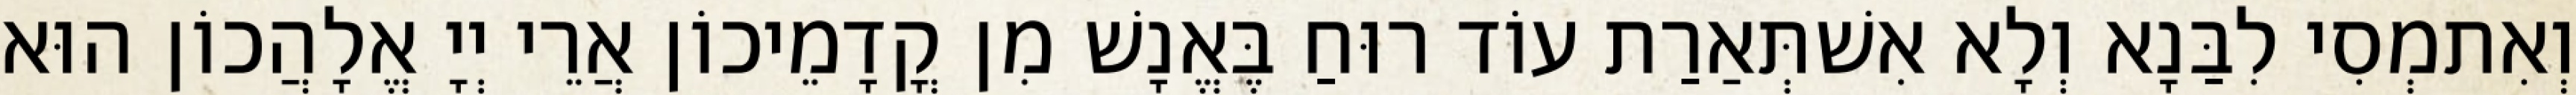
וְאִתמְסִי לִבַּנָא וְלָא אִשׁתְּאַרַת עוֹד רוּחַ בֶּאֱנָשׁ מִן קֳדָמֵיכוֹן אֲרֵי יְיָ אֱלָהֲכוֹן הוּא